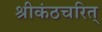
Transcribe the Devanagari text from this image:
श्रीकंठचरित्‌